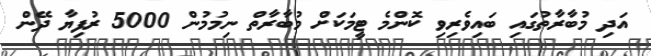
އަދި މުބާރާތުގައި ބައިވެރިވި ކޮންމެ ޓީމަކަށް މުބާރާތް ނިމުމުން 5000 ރުފިޔާ ދޭން